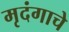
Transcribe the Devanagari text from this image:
मृदंगाचे